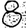
Digit: 8